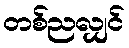
တစ်ညလျှင်